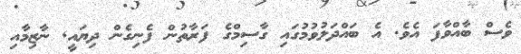
ވެސް ބާއްވާފަ އެވެ. އެ ބައްދަލުވުމުގައި ގާސިމްގެ ފަރާތުން ފެނިގެން ދިޔައީ